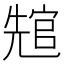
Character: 𭀲